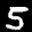
Label: 5